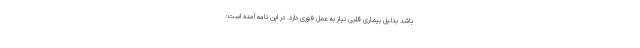
باشد بدلیل بیماری قلبی نیاز به عمل فوری دارد. در این نامه آمده است: